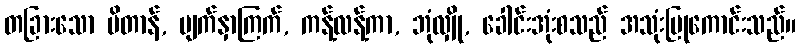
တခြားသော ဗိတာန်, မျက်နှာကြက်, ကန့်လန့်ကာ, ဘုံလျှို, ခေါင်းအုံးစသည် အသုံးပြုကောင်းသည်။